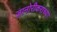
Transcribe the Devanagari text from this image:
जानोरीकरांच्या